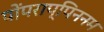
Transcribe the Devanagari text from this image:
पोंपराप्पिननम